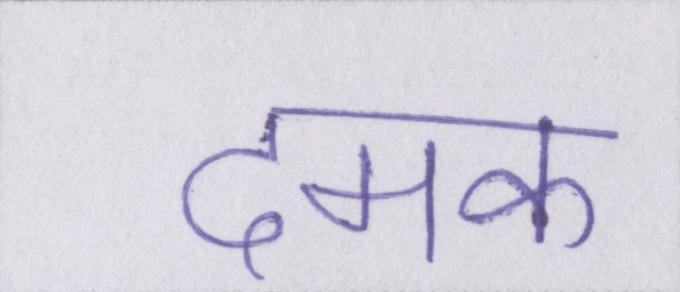
दमक